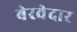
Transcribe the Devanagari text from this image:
बेरवेदार